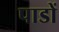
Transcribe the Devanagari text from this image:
पाडों